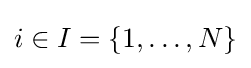
i\in I=\{1,\dots ,N\}